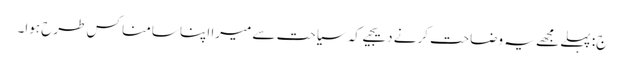
ج: پہلے مجھے یہ وضاحت کرنے دیجیے کہ سیاحت سے میرا اپنا سامنا کس طرح ہوا۔